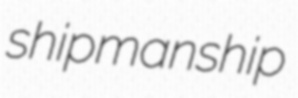
shipmanship